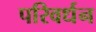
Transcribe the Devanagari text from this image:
परिवर्धन